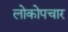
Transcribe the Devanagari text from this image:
लोकोपचार